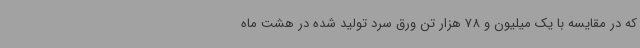
که در مقایسه با یک میلیون و 78 هزار تن ورق سرد تولید شده در هشت ماه